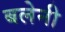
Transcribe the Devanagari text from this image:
बलेनी